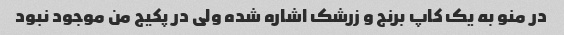
در منو به یک کاپ برنج و زرشک اشاره شده ولی در پکیج من موجود نبود